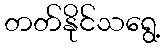
တတ်နိုင်သရွေ့